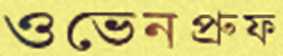
ওভেনপ্রুফ